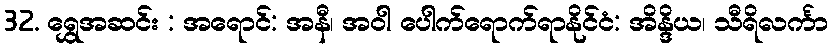
32. ရွှေအဆင်း : အရောင်: အနီ၊ အဝါ ပေါက်ရောက်ရာနိုင်ငံ: အိန္ဒိယ၊ သီရိလင်္ကာ